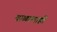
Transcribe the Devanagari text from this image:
बाळालाही